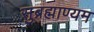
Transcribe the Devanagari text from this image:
सुब्रह्माण्यम